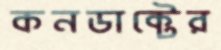
কনডাক্টের